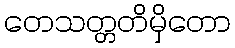
တေသတ္တတိမှိတော